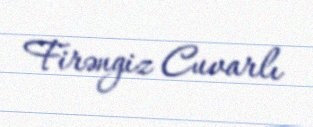
Firəngiz Cuvarlı